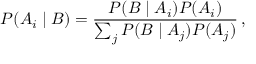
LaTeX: P ( A _ { i } \mid B ) = { \frac { P ( B \mid A _ { i } ) P ( A _ { i } ) } { \sum _ { j } P ( B \mid A _ { j } ) P ( A _ { j } ) } } \, ,